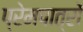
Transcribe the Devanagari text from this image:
प्रेमपात्रों